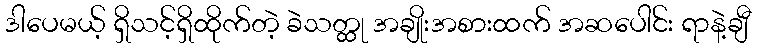
ဒါပေမယ့် ရှိသင့်ရှိထိုက်တဲ့ ခဲသတ္ထု အချိုးအစားထက် အဆပေါင်း ရာနဲ့ချီ